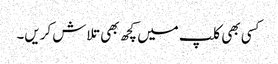
کسی بھی کلپ میں کچھ بھی تلاش کریں۔